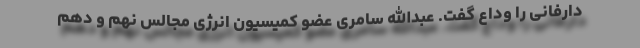
دارفانی را وداع گفت. عبدالله سامری عضو کمیسیون انرژی مجالس نهم و دهم